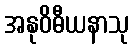
အနုဝိဓီယနာသု